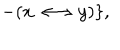
LaTeX: - ( x \longleftrightarrow y ) \} ,